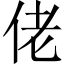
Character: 佬